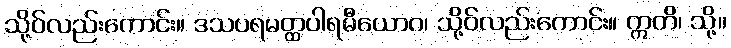
သို့ဝ်လည်းကောင်း။ ဒသပရမတ္ထပါရမီယောဂ၊ သို့ဝ်လည်းကောင်း။ ဣတိ၊ သို့။